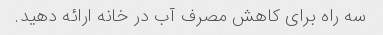
سه راه برای کاهش مصرف آب در خانه ارائه دهید.